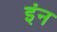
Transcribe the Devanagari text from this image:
इंन